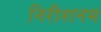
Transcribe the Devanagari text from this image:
निरीशनम